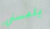
يلمسني